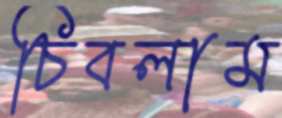
চিবলাম